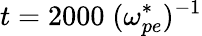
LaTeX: t=2000\; (\omega_{pe}^{*})^{-1}